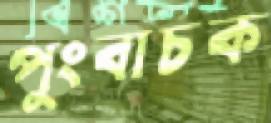
পুংবাচক